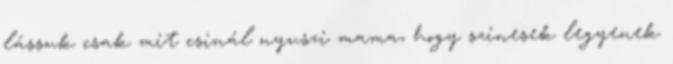
lássuk csak mit csinál nyuszi mama, hogy szinesek legyenek